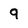
Character: 9